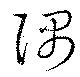
隅